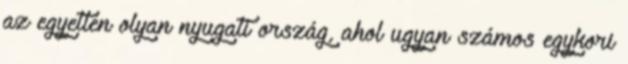
az egyetlen olyan nyugati ország, ahol ugyan számos egykori